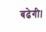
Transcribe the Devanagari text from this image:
बढेगी।